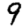
Digit: 9